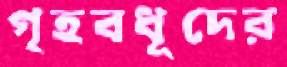
গৃহবধূদের